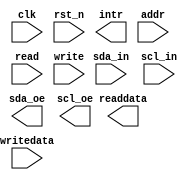
module i2c #(
		parameter FIFO_DEPTH      = 4,
		parameter FIFO_DEPTH_LOG2 = 2
	) (
		input  wire        clk,       //            clock.clk
		input  wire        rst_n,     //       reset_sink.reset_n
		output wire        intr,      // interrupt_sender.irq
		input  wire [3:0]  addr,      //              csr.address
		input  wire        read,      //                 .read
		input  wire        write,     //                 .write
		input  wire [31:0] writedata, //                 .writedata
		output wire [31:0] readdata,  //                 .readdata
		input  wire        sda_in,    //       i2c_serial.sda_in
		input  wire        scl_in,    //                 .scl_in
		output wire        sda_oe,    //                 .sda_oe
		output wire        scl_oe     //                 .scl_oe
	);
endmodule